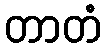
တာတံ